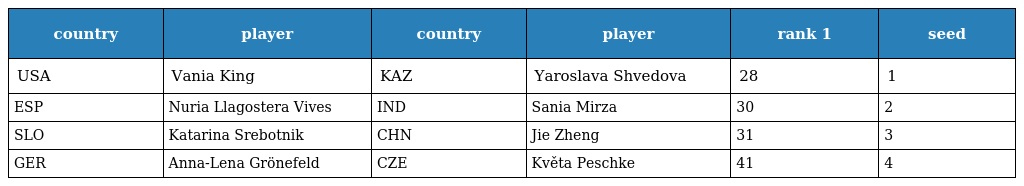
| country | player | country | player | rank 1 | seed |
 | --- | --- | --- | --- | --- | --- |
 | USA | Vania King | KAZ | Yaroslava Shvedova | 28 | 1 |
 | ESP | Nuria Llagostera Vives | IND | Sania Mirza | 30 | 2 |
 | SLO | Katarina Srebotnik | CHN | Jie Zheng | 31 | 3 |
 | GER | Anna-Lena Grönefeld | CZE | Květa Peschke | 41 | 4 |